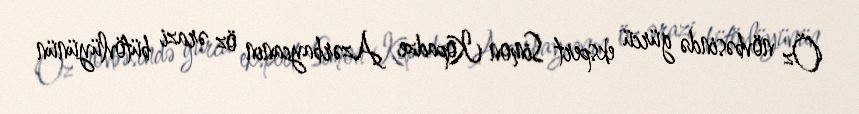
Öz növbəsində gürcü ekspert Simon Kopadze Azərbaycanın öz ərazi bütövlüyünün